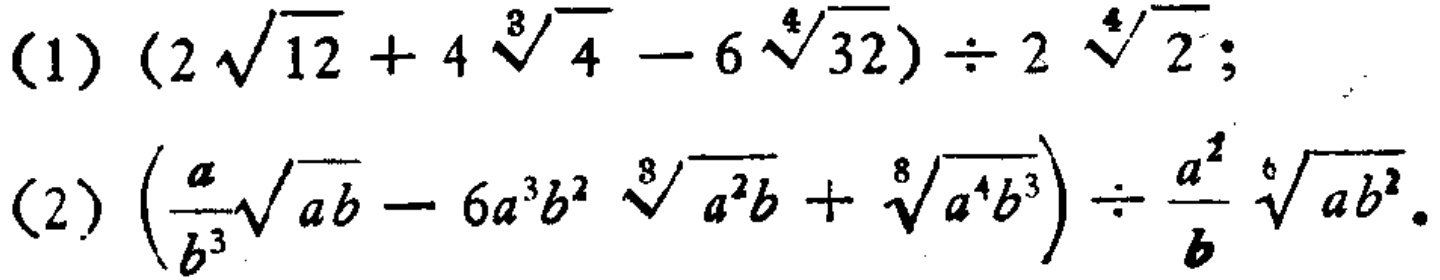
(1) \((2\sqrt{12}+4\sqrt[3]{4}-6\sqrt[4]{32})\div2\sqrt[4]{2}\);

(2) \(\left(\frac{a}{b^{3}}\sqrt{ab}-6a^{3}b^{2}\sqrt[8]{a^{2}b}+\sqrt[8]{a^{4}b^{3}}\right)\div\frac{a^{2}}{b}\sqrt[6]{ab^{2}}\).